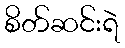
စိတ်ဆင်းရဲ